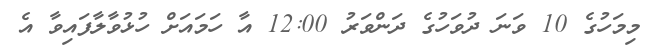
މިމަހުގެ 10 ވަނަ ދުވަހުގެ ދަންވަރު 12:00 އާ ހަމައަށް ހުޅުވާލާފައިވާ އެ